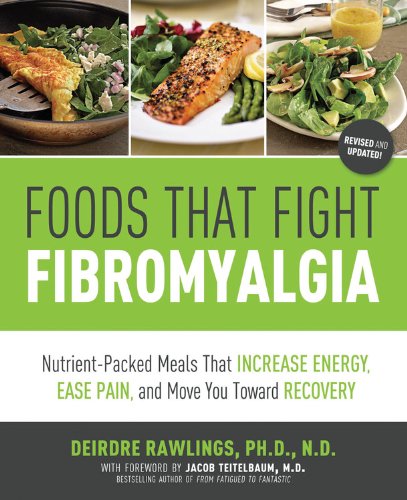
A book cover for Foods that Fight Fibromyalgia: Nutrient-Packed Meals That Increase Energy, Ease Pain, and Move You Towards Recovery; Deirdre Rawlings; Cookbooks, Food & Wine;